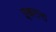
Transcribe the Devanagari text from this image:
इश्वरास